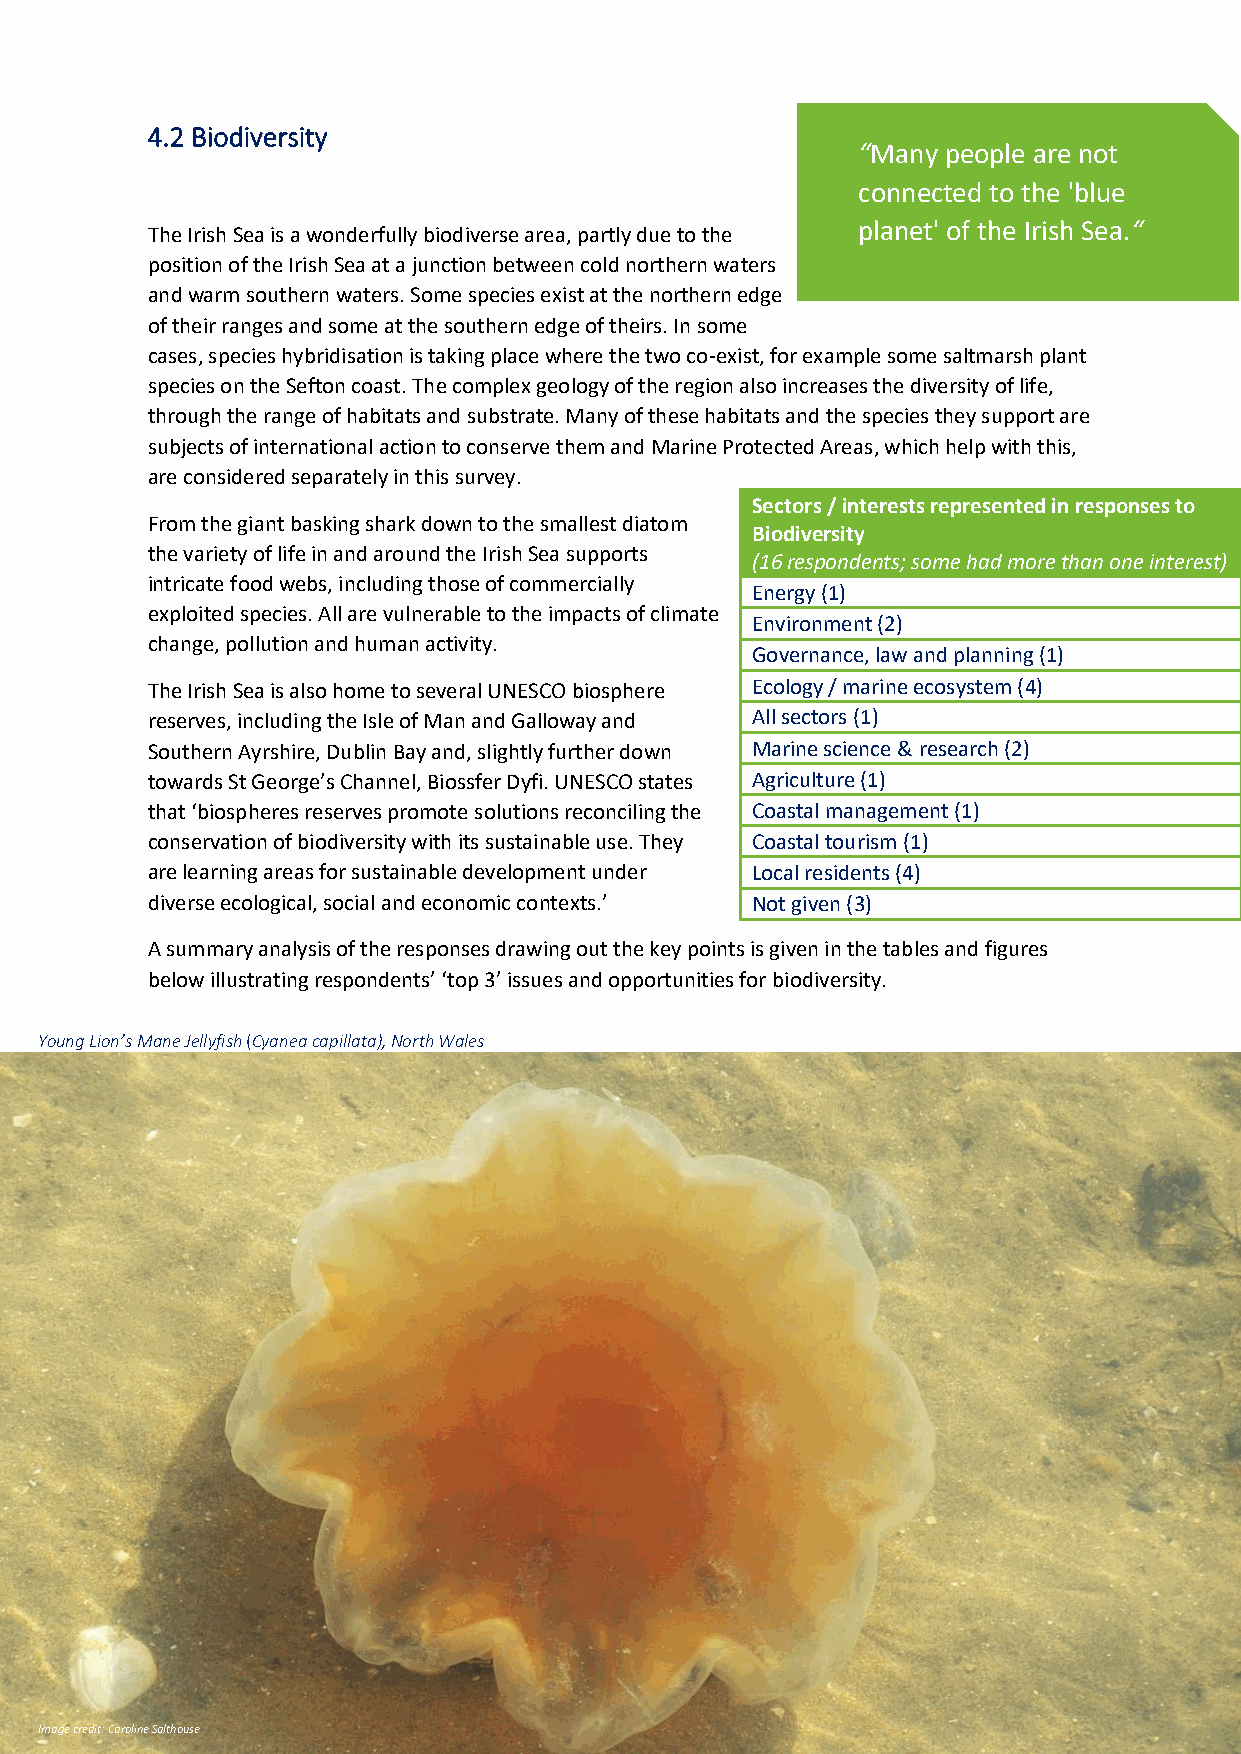
4.2 Biodiversity
 “Many people are not
 connected to the 'blue
 planet' of the Irish Sea.“
 The Irish Sea is a wonderfully biodiverse area, partly due to the
 position of the Irish Sea at a junction between cold northern waters
 and warm southern waters. Some species exist at the northern edge
 of their ranges and some at the southern edge of theirs. In some
 cases, species hybridisation is taking place where the two co-exist, for example some saltmarsh plant
 species on the Sefton coast. The complex geology of the region also increases the diversity of life,
 through the range of habitats and substrate. Many of these habitats and the species they support are
 subjects of international action to conserve them and Marine Protected Areas, which help with this,
 are considered separately in this survey.
 Sectors / interests represented in responses to
 From the giant basking shark down to the smallest diatom
 Biodiversity
 the variety of life in and around the Irish Sea supports
 (16 respondents; some had more than one interest)
 intricate food webs, including those of commercially
 Energy (1)
 exploited species. All are vulnerable to the impacts of climate
 Environment (2)
 change, pollution and human activity.
 Governance, law and planning (1)
 The Irish Sea is also home to several UNESCO biosphere Ecology / marine ecosystem (4)
 reserves, including the Isle of Man and Galloway and All sectors (1)
 Southern Ayrshire, Dublin Bay and, slightly further down Marine science & research (2)
 towards St George’s Channel, Biossfer Dyfi. UNESCO states Agriculture (1)
 that ‘biospheres reserves promote solutions reconciling the Coastal management (1)
 conservation of biodiversity with its sustainable use. They Coastal tourism (1)
 are learning areas for sustainable development under Local residents (4)
 diverse ecological, social and economic contexts.’ Not given (3)
 A summary analysis of the responses drawing out the key points is given in the tables and figures
 below illustrating respondents’ ‘top 3’ issues and opportunities for biodiversity.
 Young Lion’s Mane Jellyfish (Cyanea capillata), North Wales
 Image credit: Caroline Salthouse